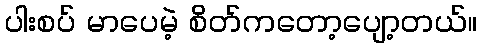
ပါးစပ် မာပေမဲ့ စိတ်ကတော့ပျော့တယ်။